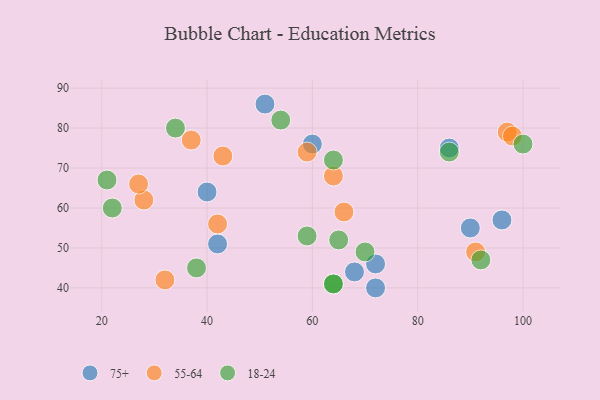
{"axis": {"x": "GDP", "y": "Life Expectancy"}, "legend": ["18-24", "55-64", "75+"], "data": [{"x": "96", "y": 57, "type": "75+"}, {"x": "60", "y": 76, "type": "75+"}, {"x": "42", "y": 51, "type": "75+"}, {"x": "40", "y": 64, "type": "75+"}, {"x": "72", "y": 40, "type": "75+"}, {"x": "51", "y": 86, "type": "75+"}, {"x": "68", "y": 44, "type": "75+"}, {"x": "86", "y": 75, "type": "75+"}, {"x": "72", "y": 46, "type": "75+"}, {"x": "90", "y": 55, "type": "75+"}, {"x": "66", "y": 59, "type": "55-64"}, {"x": "28", "y": 62, "type": "55-64"}, {"x": "97", "y": 79, "type": "55-64"}, {"x": "32", "y": 42, "type": "55-64"}, {"x": "37", "y": 77, "type": "55-64"}, {"x": "91", "y": 49, "type": "55-64"}, {"x": "27", "y": 66, "type": "55-64"}, {"x": "43", "y": 73, "type": "55-64"}, {"x": "98", "y": 78, "type": "55-64"}, {"x": "59", "y": 74, "type": "55-64"}, {"x": "64", "y": 68, "type": "55-64"}, {"x": "42", "y": 56, "type": "55-64"}, {"x": "65", "y": 52, "type": "18-24"}, {"x": "34", "y": 80, "type": "18-24"}, {"x": "54", "y": 82, "type": "18-24"}, {"x": "92", "y": 47, "type": "18-24"}, {"x": "21", "y": 67, "type": "18-24"}, {"x": "70", "y": 49, "type": "18-24"}, {"x": "86", "y": 74, "type": "18-24"}, {"x": "100", "y": 76, "type": "18-24"}, {"x": "64", "y": 41, "type": "18-24"}, {"x": "64", "y": 41, "type": "18-24"}, {"x": "64", "y": 72, "type": "18-24"}, {"x": "38", "y": 45, "type": "18-24"}, {"x": "22", "y": 60, "type": "18-24"}, {"x": "59", "y": 53, "type": "18-24"}]}